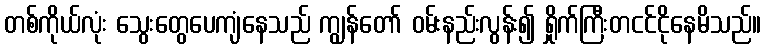
တစ်ကိုယ်လုံး သွေးတွေပေကျံနေသည် ကျွန်တော် ဝမ်းနည်းလွန်း၍ ရှိုက်ကြီးတငင်ငိုနေမိသည်။